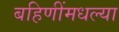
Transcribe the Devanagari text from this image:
बहिणींमधल्या